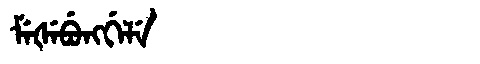
Manchu: ᠮᡝᡧᡝᠪᡠᠩᡤᡝᠯᡝ
Romanization: MEŠEBUNGGELE